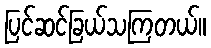
ပြင်ဆင်ခြယ်သကြတယ်။